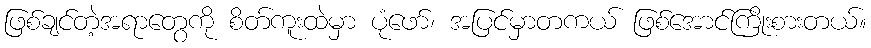
ဖြစ်ချင်တဲ့အရာတွေကို စိတ်ကူးထဲမှာ ပုံဖော်၊ အပြင်မှာတကယ် ဖြစ်အောင်ကြိုးစားတယ်။